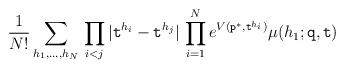
LaTeX: \begin{align*} \frac{1}{N!} \sum_{h_1,\dots,h_N}\,\prod_{i<j}|\texttt{t}^{h_i}-\texttt{t}^{h_j}| \, \prod_{i=1}^N e^{V({\bf\texttt{p}}^{*},\texttt{t}^{h_i})} \mu(h_1;\texttt{q},\texttt{t})\end{align*}